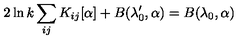
2 \ln k \sum _ { i j } K _ { i j } [ \alpha ] + B ( \lambda _ { 0 } ^ { \prime } , \alpha ) = B ( \lambda _ { 0 } , \alpha )